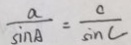
\frac { a } { \sin A } = \frac { c } { \sin C }